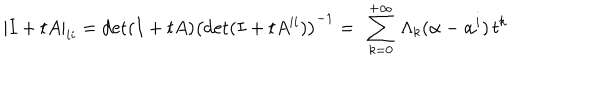
| I + t A | _ { i i } = \mathrm { d e t } ( I + t A ) \left( \mathrm { d e t } ( I + t A ^ { i i } ) \right) ^ { - 1 } = \ \sum _ { k = 0 } ^ { + \infty } \, \Lambda _ { k } ( { \bf \alpha } - { \bf \alpha } ^ { i } ) \, t ^ { k }